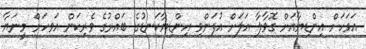
އަވަހަށް އިންޑިޔާއަށް ގޮވާލާ އަލަށް އުފަންވި އިންޑިޔާކަނޑުގެ ބައްރުގެ ވެރިކަން އަވހަށް މީނަޔާ